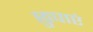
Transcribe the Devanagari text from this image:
छुपाएं